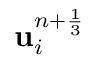
{ \mathbf u } _ { i } ^ { n + \frac { 1 } { 3 } }